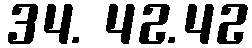
34. 42.42